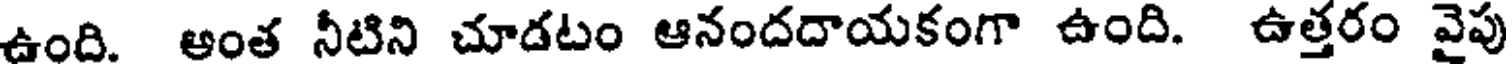
ఉంది. అంత నీటిని చూడటం ఆనందదాయకంగా ఉంది. ఉత్తరం వైపు